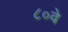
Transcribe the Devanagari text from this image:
८०वे